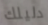
دليلك